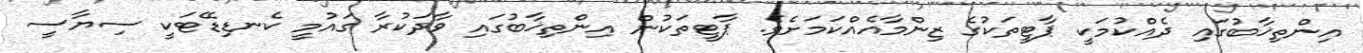
އިންތިޚާބުގައި ދެއްކުމަކީ ޕާޓީތަކުގެ ޒިންމާއެއްކަމަށެވެ. ޕާޓީތަކުން އިންތިޚާބުގައި ވާދަކުރާ ގައުމީ ކެނޑިޑޭޓަކީ ސިޔާސީ